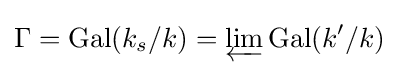
\Gamma =\operatorname {Gal} (k_{s}/k)=\varprojlim \operatorname {Gal} (k'/k)